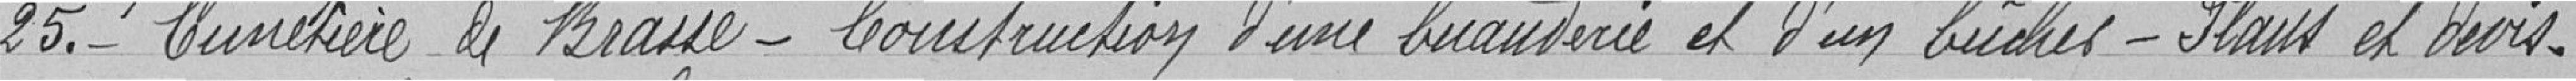
25. Cimetière de Brasse - Construction d'une buanderie et d'un bucher - Plans et devis.